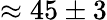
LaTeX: \approx 45\pm 3